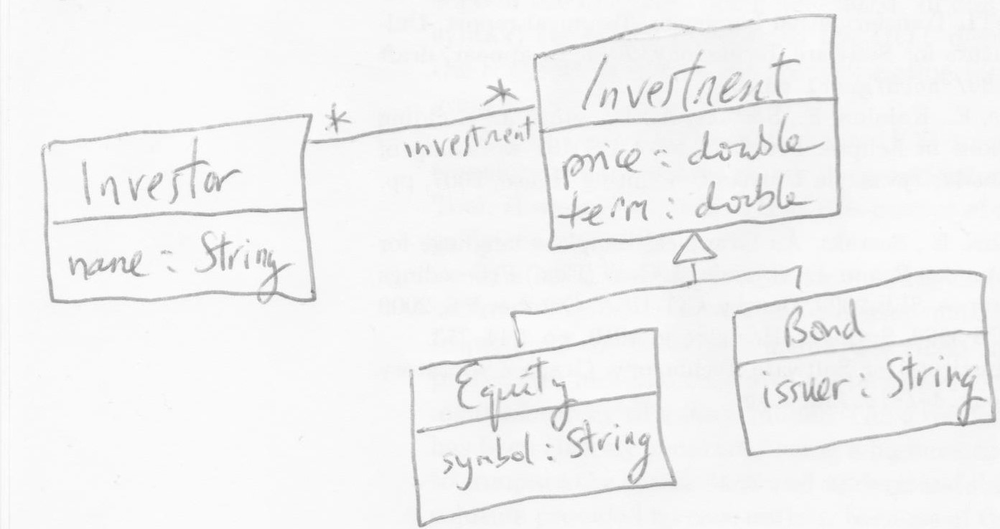
Diagram type: class_diagram
```plantuml
@startuml

skinParam groupInheritance 2

class Investor {
  name: String
}

class Investment {
  price: double
  term: double
}

class Equity extends Investment {
  symbol: String
}
  class Bond extends Investment {
  issuer: String
}

Investor "*" -- "investment *" Investment

@enduml
```